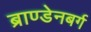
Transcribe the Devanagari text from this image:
ब्राण्डेनबर्ग